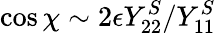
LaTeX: \cos\chi\sim 2\epsilon Y_{22}^{S}/Y_{11}^{S}